Jaan_Tonisson_(Lasteleht), lk 473
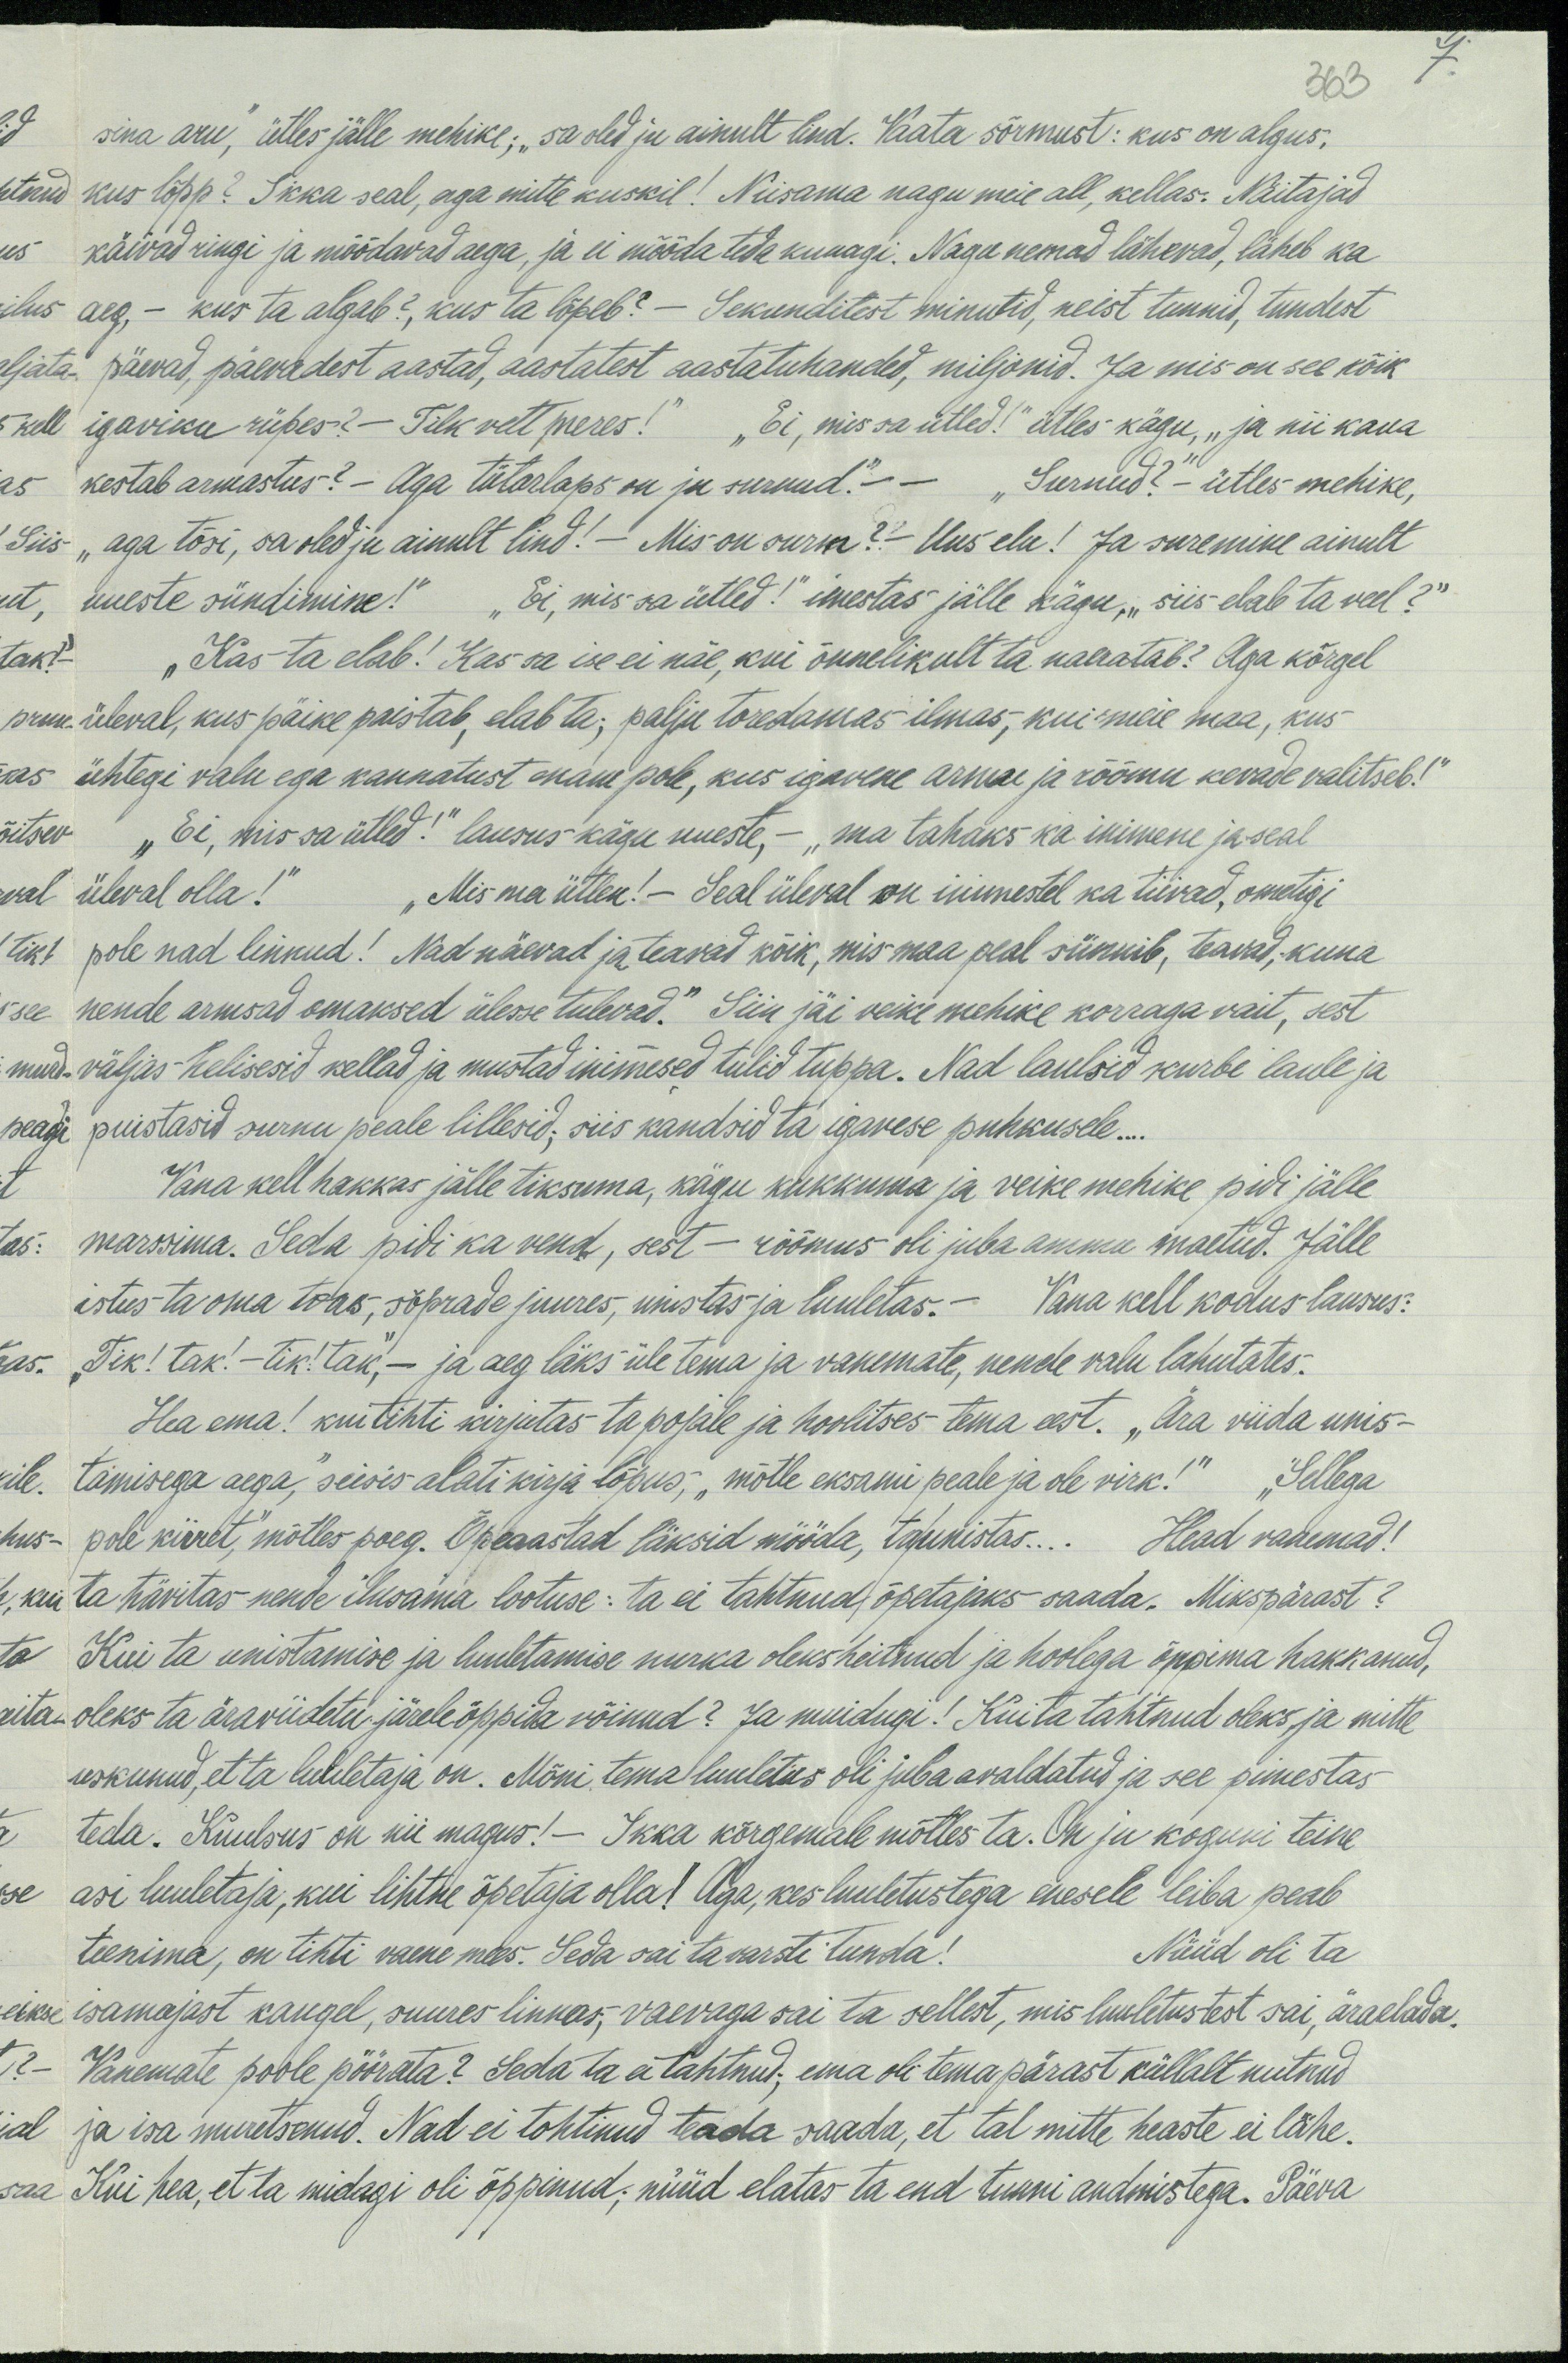
263
7.
sina aru, ütles jälle mehike, „sa oled ju ainult lind. Vaata sõrmust: kus on algus,
kus lõpp? Ikka seal, aga mitte kuskil! Niisama nagu meie all, kellas. Näitajad
käivad ringi ja mõõdavad aega, ja ei mõõda teda kunagi. Nagu nemad lähevad, läheb ka
aeg, - kus ta algab?, kas ta lõpeb? – Sekunditest minutid, neist tunnid, tundest
päevad, päevadest aastad, aastatest aastatuhanded, miljonid. Ja mis on see kõik
igaviku rüpes? - Tilk vett meres!" "Ei, mis sa ütled!" ütles-kägu, "ja nii kaua
kestab armastus? - Aga tütarlaps on ju surnud." - "Surnud?" - ütles mehike,
„aga tõsi, sa oled ju ainult lind! - Mis on surm?" Uus elu! Ja suremine ainult
uueste sündimine!" "Ei, mis sa ütled!" imestas jälle kägu, siis elab ta veel?“
"Kas ta elab! Kas sa ise ei näe, kui õnnelikult ta naeratab? Aga kõrgel
üleval, kus päike paistab, elab ta: palju toredamas ilmas, kui meie maa, kus
ühtegi valu ega kannatust enam pole, kus igavene armu ja rõõmu kevade valitseb!“
"Ei, mis sa ütled!" lausus kägu uueste, - "ma tahaks ka inimene ja seal
üleval olla!", Mis ma ütlen!- Seal üleval on inimestel ka tiivad, ometigi
pole nad linnud! Nad näevad ja teavad kõik, mis maa peal sünnib, teawad, kuna
"see nende armsad omaksed ülesse tulevad." Siin jäi veike mehike korraga vait, sest
väljas helisesid kellad ja mustad inimesed tulid tuppa. Nad laulsid kurbi laule ja
puistasid surnu peale lillesid, siis kandsid ta igavese puhkusele...
Vana kell hakkas jälle tiksuma, kägu kukkuma ja veike mehike pidi jälle
marssima. Seda pidi ka vend, sest - rõõmus oli juba ammu maetud. Jälle
istus ta oma toas, sõprade juures, unistas ja luuletas.- Kaua kell kodus lausus:
"Tik! tak! - Tik! Tak, - ja aeg läks üle tema ja vanemate, nende valu lahutates.
Hea ema! kui tihti kirjutas ta pojale ja hoolitses tema eest. „Ära viida unis-
tamisega aega," seisis alati kirja lõpus, "mõtle eksami peale ja ole virk!" "Sellega
pole kiiret, mõtles poeg. Õppeaastad läksid mööda, ta unistas... Head vanemad!
ta hävitas nende ilusama lootuse: ta ei tahtnud õpetajaks saada. Mikspärast?
Kui ta unistamise ja luuletamise nurka oleks heitnud ja hoolega õppima hakkanud,
oleks ta äraviidetu järeleõppida võinud? Ja muidugi! Kui ta tahtnud oleks ja mitte
uskunud, et ta luuletaja on. Mõni tema luuletus oli juba avaldatud ja see pimestas
teda. Kuulsus on nii magus! – Ikka kõrgemale mõtles ta. On ju koguni teine
asi luuletaja, kui lihtne õpetaja olla! Aga, kes luulutustega enesele leiba peab
teenima, on tihti vaene mees. Seda sai ta varsti tunda! Nüüd oli ta
isamajast kaugel, suures linnas, vaevaga sai ta sellest, mis luuletustest sai, äraelada.
Vanemate poole pöörata? Seda ta ei tahtnud; ema oli tema pärast küllalt nutnud
ja isa muretsenud. Nad ei tohtinud teada saada, et tal mitte heaste ei lähe.
Kui hea, et ta midagi oli õppinud; nüüd elatas ta end tunni andmistega. Päeva